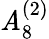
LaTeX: {\mathit{A}}_{8}^{(2)}